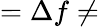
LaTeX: =\Delta f\ne